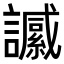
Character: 𧭶